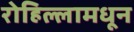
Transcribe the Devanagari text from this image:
रोहिल्लामधून